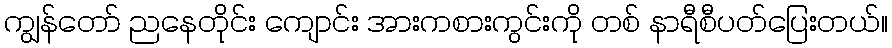
ကျွန်တော် ညနေတိုင်း ကျောင်း အားကစားကွင်းကို တစ် နာရီစီပတ်ပြေးတယ်။